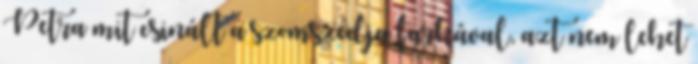
Petra mit csinált a szomszédja farkával, azt nem lehet